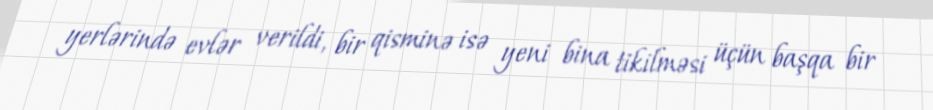
yerlərində evlər verildi, bir qisminə isə yeni bina tikilməsi üçün başqa bir